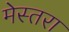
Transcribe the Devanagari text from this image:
मेस्तरा